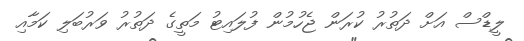
ލީޑްސް އަށް ދަތުރު ކުރަން ޖެހުމުން ފުލައިޓު މަތީގެ ދަތުރު ވަރުބަލި ކަމާއި